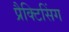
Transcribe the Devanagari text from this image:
प्रैक्टिसिंग